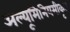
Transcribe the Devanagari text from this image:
अल्यूमिनियमीकृत